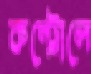
কন্ট্রোলে